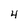
Character: 4